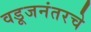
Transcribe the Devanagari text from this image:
वडूजनंतरचे